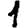
Digit: 1